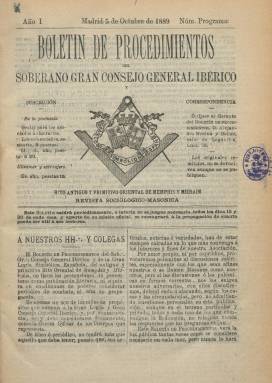
Título: Boletín de procedimientos del Soberano Gran Consejo General Ibérico y Gran Logia Simbólica Española
Otros títulos: Boletín de procedimientos del Soberano Gran Consejo General Ibérico || Boletín de procedimientos, jul. 1893-<1898>
Colección: Masonería
Ámbito geográfico: Madrid
Lugar de publicación: Madrid
Fechas: 05/10/1889-22/06/1898

Editado por el Soberano Gran Consejo General Ibérico y la Gran Logia Simbólica Española, en cuya cabecera -adornada con un grabado- se indica “rito antiguo y primitivo oriental de Memphis y Mizraim” y “revista sociológica-masónica”, siendo su objeto actuar como “gaceta oficial” de esta “obediencia”, cuyos “artículos, noticias o variedades”, han de “estar siempre calcadas en lo que más convenga a los intereses y fines” de la asociación, según se indica en el artículo de presentación de su “número programa”, publicado el cinco de octubre de 1889. El 30 de noviembre siguiente publicará un “número extraordinario”, y el 15 de enero de 1890 lo hará ya su primer número ordinario, apareciendo a partir de entonces con periodicidad quincenal, en entregas de 16 páginas, compuestas a dos columnas y estampadas durante casi toda su vida en el Establecimiento Tipográfico de Ulpiano Gómez y Pérez, impresor que formará parte de la logia.

Su plan de contenidos será insertar en las primeras doce páginas las secciones oficial, de intereses generales y de variedades, así como noticias, sueltos, avisos y la correspondencia oficial con las logias; y las últimas cuatro estarán dedicadas a la recopilación legislativa del Gran Consejo y la Gran Logia (estatutos, constituciones, reglamentos, decretos, disposiciones, liturgias, rituales, etc.). También dará cuenta del tesoro de la logia y los catálogos de los cuerpos del rito (socios, socios protectores, socios honorarios, logias corresponsales, logias de adopción, etc.).

La Gran Logia Simbólica Española había sido constituida el 15 de febrero de 1887, siendo gran maestro del soberano gran consejo Manuel Gimeno Catalán, quien será sustituido a mediados de 1890 por el también republicano federal Enrique Pérez de Guzmán, marqués de Santa Marta, hasta su dimisión a finales de 1893. A éste le sucederá Isidro Villarino del Villar, que hasta entonces había sido secretario general, siendo el abogado del Estado Ricardo López Sallaberry el gran maestro de la logia. La publicación será gratis para los asociados numerarios y las logias dependientes. Su director será el citado Villarino; redactor, Ángel Arenas, y colaborador, Gervasio Tarazona. Aparece indicado como gerente Alejandro Medina y Bailac, y como administrador, Eduardo I. Ferrándiz.

Esta obediencia masónica española ha sido considerada como peculiar, al adoptar logias de obreros o permitir la presencia de mujeres en sus talleres. También, por su alta politización, su tendencia republicana y anticlerical, estando vinculada a las corrientes librepensadoras. Son destacados en su boletín los artículos bajo el epígrafe “Injusticias sociales”, publicados desde marzo a julio de 1890, o los dedicados a la educación.

Desde 1891, la publicación aparecerá tres veces al mes, al tiempo que reduce a la mitad su paginación (ocho). Desde el cinco de julio de 1893 al 30 de octubre de 1896, modifica la ilustración de su portada, apareciendo en la misma el nombre del fundador y director, Villarino, y, después, el de su nuevo responsable, Emilio Arroyo, al tiempo que indica también que es “medalla de oro en la Exposición Partenopea de Nápoles”. A partir de su tercer año de edición será semanal y modificará también el subtítulo a: “revista sociológica ilustrada” y “revista sociológica”. A partir del número 13 de su quinto año reduce el título a: Boletín de procedimientos, y el subtítulo a: “órgano oficial del Soberano Gran Consejo General Ibérico”. En la citada entrega extraordinaria del cinco de julio de 1893 insertará grabados con retratos de sus dirigentes, y en las siguientes otras ilustraciones referidas a la masonería. Inicia la secuencia de sus entregas anualmente. A primeros de 1897 publica un suplemento con el catálogo general de los cuerpos que se hallan constituidos en esa fecha. El último número de la colección corresponde al 22 de junio de 1898.

Los principales trabajos sobre este consejo y logia, así como su Boletín de procedimientos, los han llevado a cabo Cuartero Escobés (1990) y, especialmente, Enríquez del Árbol (1990, 1991, 2015 y 2016).